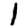
Digit: 1